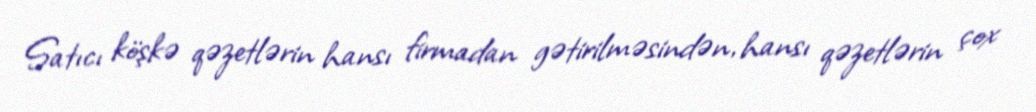
Satıcı köşkə qəzetlərin hansı firmadan gətirilməsindən, hansı qəzetlərin çox